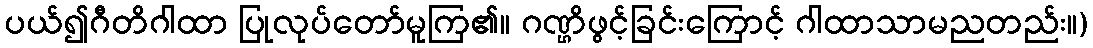
ပယ်၍ဂီတိဂါထာ ပြုလုပ်တော်မူကြ၏။ ဂဏ္ဌိဖွင့်ခြင်းကြောင့် ဂါထာသာမညတည်း။)